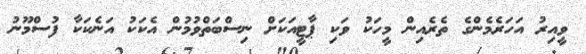
ވީއިރު އަހަރެމެންގެ ތެރެއިން މީހަކު ވަކި ޕާޓީއަކަށް ނިސްބަތްވުމުން އެކަކު އަނެކަކާ ފުސްމޫނު